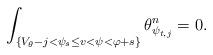
LaTeX: \begin{align*} \int_{\{V_{\theta}-j<\psi_s \leq v<\psi<\varphi +s\}} \theta_{\psi_{t,j}}^n=0. \end{align*}